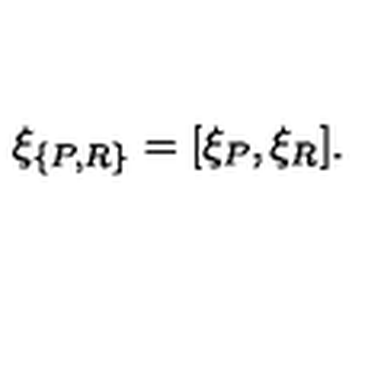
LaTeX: \xi _ { \{ P , R \} } = [ \xi _ { P } , \xi _ { R } ] .